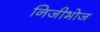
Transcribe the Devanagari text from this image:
निजीभोज